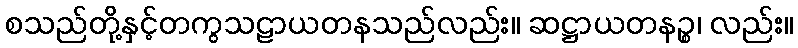
စသည်တို့နှင့်တကွသဠာယတနသည်လည်း။ ဆဋ္ဌာယတနဉ္စ၊ လည်း။